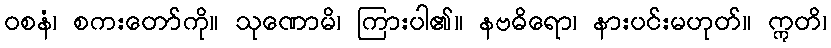
ဝစနံ၊ စကးတော်ကို။ သုဏောမိ၊ ကြားပါ၏။ နဗဓိရော၊ နားပင်းမဟုတ်။ ဣတိ၊